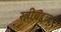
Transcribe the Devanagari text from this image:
स्त्रीबद्दल